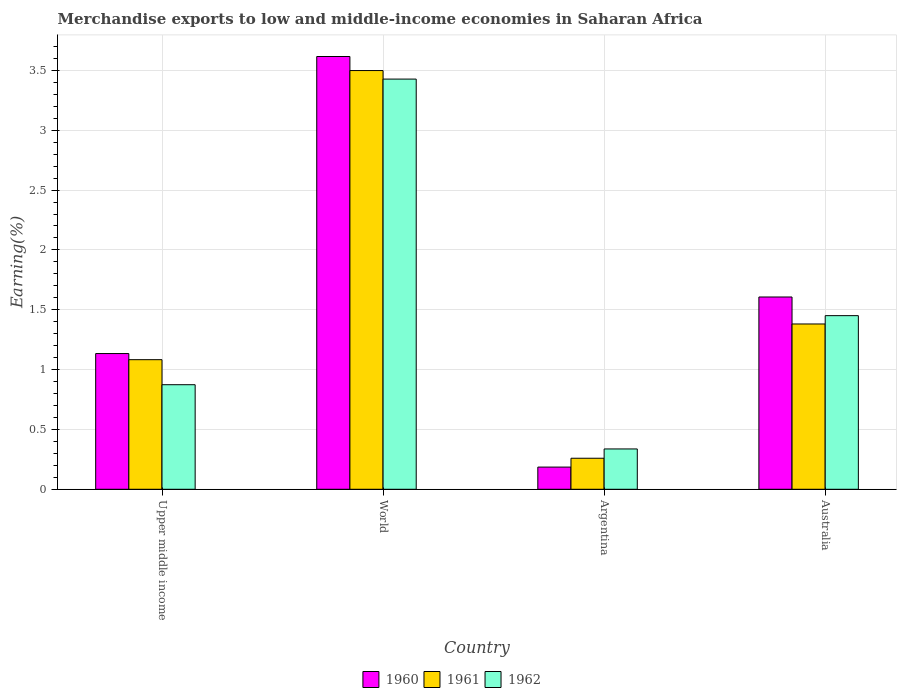
| Country | 1960 | 1961 | 1962 |
 | --- | --- | --- | --- |
 | Upper middle income | 1.13 | 1.08 | 0.874 |
 | World | 3.62 | 3.5 | 3.43 |
 | Argentina | 0.185 | 0.259 | 0.337 |
 | Australia | 1.61 | 1.38 | 1.45 |